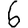
Digit: 6